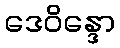
ဒေဝိန္ဒော